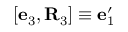
[ { \bf e } _ { 3 } , { \bf R } _ { 3 } ] \equiv { \bf e } _ { 1 } ^ { \prime }